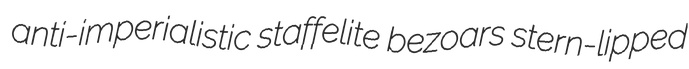
anti-imperialistic staffelite bezoars stern-lipped